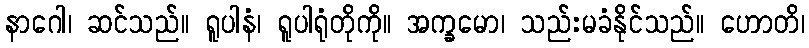
နာဂေါ၊ ဆင်သည်။ ရူပါနံ၊ ရူပါရုံတိုကို။ အက္ခမော၊ သည်းမခံနိုင်သည်။ ဟောတိ၊